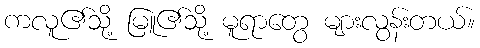
ကလူ၏သို့ မြူ၏သို့ မူရာတွေ များလွန်းတယ်။